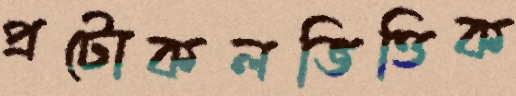
প্রটোকলভিত্তিক